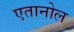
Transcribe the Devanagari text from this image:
एतानोल